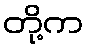
တို့က